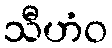
သီဟံဝ